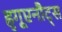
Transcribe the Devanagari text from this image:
हुगूएनौट्स